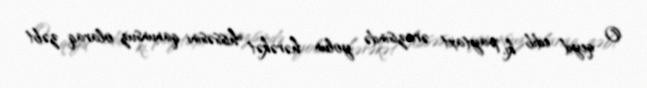
O qeyd edib ki, paytaxt ərazisində yolun hərəkət hissəsini qanunsuz olaraq zəbt